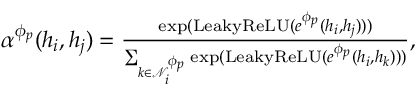
\begin{array} { r } { \begin{array} { r } { \alpha ^ { \phi _ { p } } ( h _ { i } , h _ { j } ) = \frac { \exp ( \mathrm { L e a k y R e L U } ( e ^ { \phi _ { p } } ( h _ { i } , h _ { j } ) ) ) } { \sum _ { k \in \mathcal { N } _ { i } ^ { \phi _ { p } } } \exp ( \mathrm { L e a k y R e L U } ( e ^ { \phi _ { p } } ( h _ { i } , h _ { k } ) ) ) } , } \end{array} } \end{array}